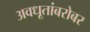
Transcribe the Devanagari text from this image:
अवधूतांबरोबर